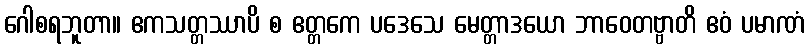
ဂေါစရဘူတာ။ ဧကသတ္တဿာပိ စ ဧတ္တကေ ပဒေသေ မေတ္တာဒယော ဘာဝေတဗ္ဗာတိ ဧဝံ ပမာဏံ